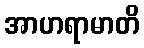
အာဟရာမာတိ